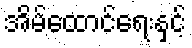
အိမ်ထောင်ရေးနှင့်